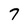
Character: 7